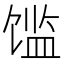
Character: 𲋪